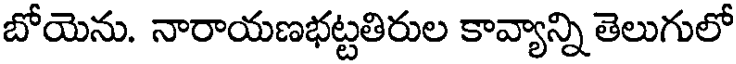
బోయెను. నారాయణభట్టతిరుల కావ్యాన్ని తెలుగులో